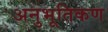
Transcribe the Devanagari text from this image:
अनुभूतिकण